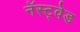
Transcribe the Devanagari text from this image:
नॅस्ट्वेड